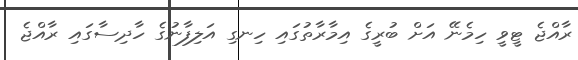
ރާއްޖެ ޓީވީ ހިމެނޭ އަށް ބުރީގެ އިމާރާތުގައި ހިނގި އަލިފާނުގެ ހާދިސާގައި ރާއްޖެ